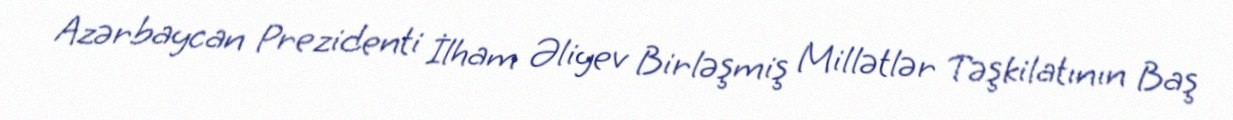
Azərbaycan Prezidenti İlham Əliyev Birləşmiş Millətlər Təşkilatının Baş